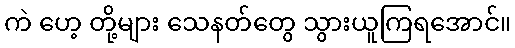
ကဲ ဟေ့ တို့များ သေနတ်တွေ သွားယူကြရအောင်။